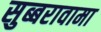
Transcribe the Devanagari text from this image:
सुब्बरावामा